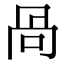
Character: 咼